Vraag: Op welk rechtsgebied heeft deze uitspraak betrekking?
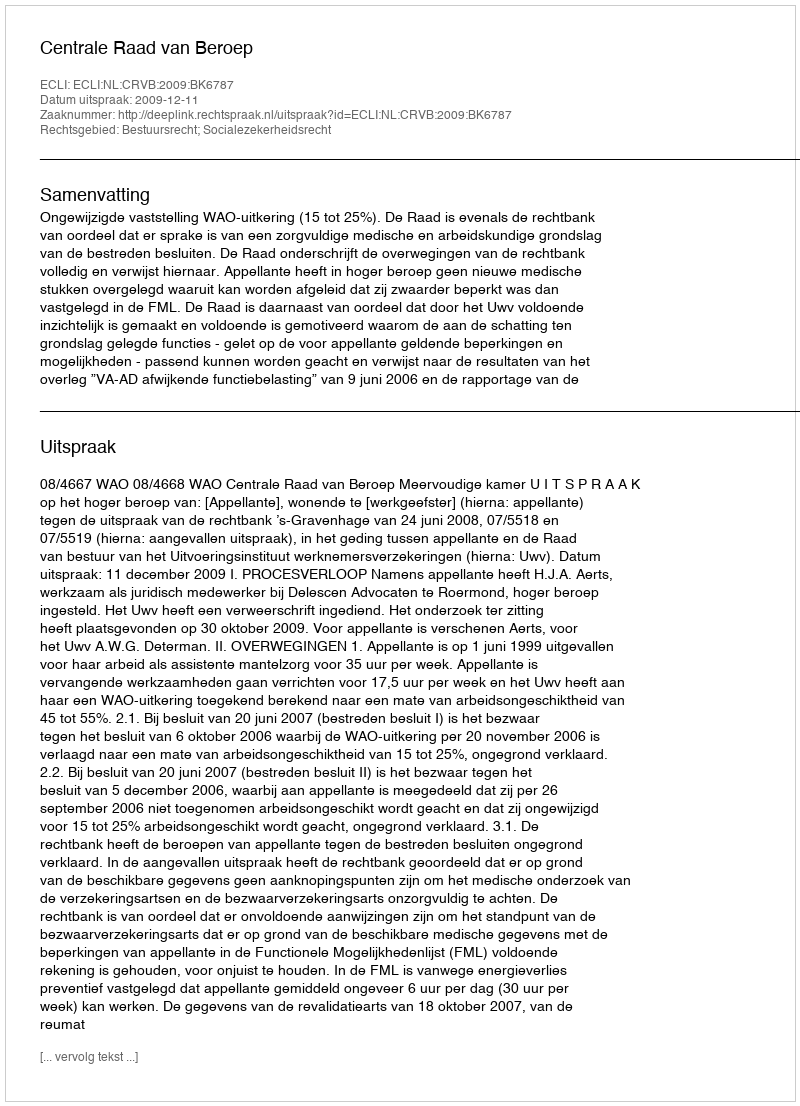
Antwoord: Bestuursrecht; Socialezekerheidsrecht